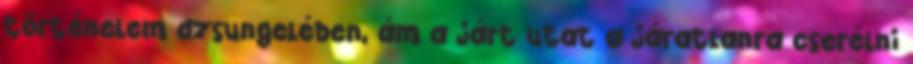
történelem dzsungelében, ám a járt utat a járatlanra cserélni